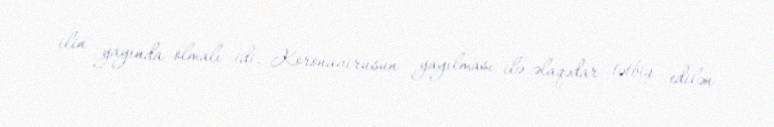
ilin yayında olmalı idi. Koronavirusun yayılması ilə əlaqədar tətbiq edilən